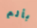
بألم